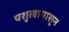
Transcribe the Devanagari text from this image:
पशुत्वापासून